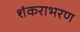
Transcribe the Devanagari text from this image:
शंकराभरण